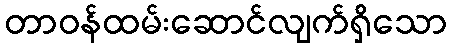
တာဝန်ထမ်းဆောင်လျက်ရှိသော